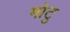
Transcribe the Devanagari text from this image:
मोटु